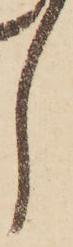
し